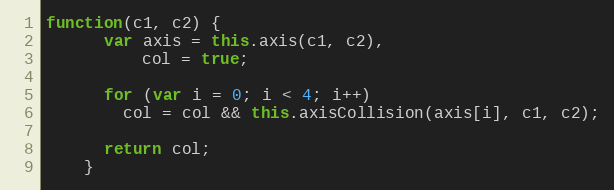
Language: JavaScript
function(c1, c2) {
      var axis = this.axis(c1, c2),
          col = true;

      for (var i = 0; i < 4; i++)
        col = col && this.axisCollision(axis[i], c1, c2);

      return col;
    }